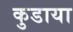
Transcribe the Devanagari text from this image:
कुडाया